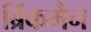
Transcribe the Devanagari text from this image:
ब्रिंकमैन